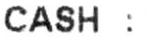
CASH :